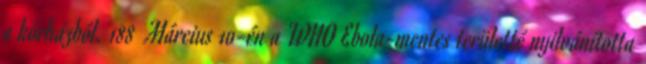
a kórházból. 188 Március 10-én a WHO Ebola-mentes területté nyilvánította